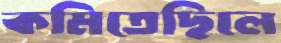
কমিতেছিলে